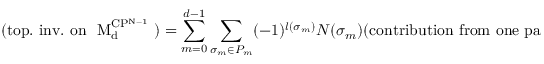
( \mathrm { t o p . ~ i n v . ~ o n ~ { \cal ~ M } _ { d } ^ { C P ^ { N - 1 } } ~ } ) = \sum _ { m = 0 } ^ { d - 1 } \sum _ { \sigma _ { m } \in P _ { m } } ( - 1 ) ^ { l ( \sigma _ { m } ) } N ( \sigma _ { m } ) ( \mathrm { c o n t r i b u t i o n ~ f r o m ~ o n e ~ p a i r ~ l a b e l e d ~ b y ~ \ s i g m a _ { m } ~ } ) .